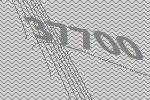
37700